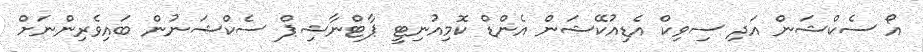
އޯ ސެކްޝަން އަދި ސިވިކް އެޑިއުކޭޝަން އެންޑް ކޮމިއުނިޓީ ޕާޓްނާޝިޕް ސެކްޝަނުން ބައިވެރިންނަށް